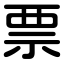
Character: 票